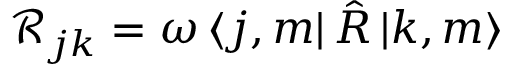
\mathcal { R } _ { j k } = \omega \, \langle j , m | \, { \hat { R } } \, { | k , m \rangle }